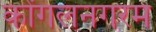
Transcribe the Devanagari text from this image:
कोंगलनगरम